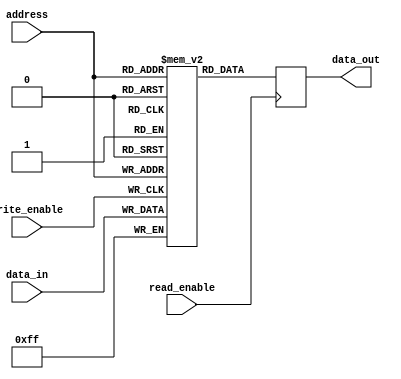
module register_file(
  input wire [3:0] address,
  input wire [7:0] data_in,
  input wire write_enable,
  input wire read_enable,
  output reg [7:0] data_out
);

reg [7:0] registers [0:15];

always @ (posedge write_enable)
begin
  if (write_enable)
    registers[address] <= data_in;
end

always @ (posedge read_enable)
begin
  if (read_enable)
    data_out <= registers[address];
end

endmodule